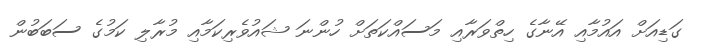
ގަޑިއަށް އައުމާއި އޭނާގެ ހިތްވަރާއި މަސައްކަތަށް ހުންނަ ޝައުވެރިކަމާއި މުރާލި ކަމުގެ ސަބަބުން